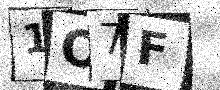
Text: 1O7F